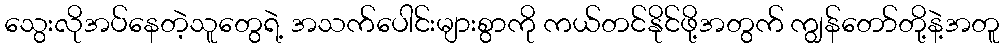
သွေးလိုအပ်နေတဲ့သူတွေရဲ့ အသက်ပေါင်းများစွာကို ကယ်တင်နိုင်ဖို့အတွက် ကျွန်တော်တို့နဲ့အတူ